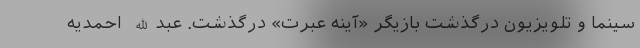
سینما و تلویزیون درگذشت بازیگر «آینه عبرت» درگذشت. عبدالله احمدیه